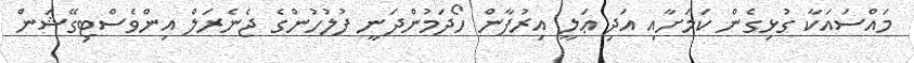
މައްސައަކާ ގުޅިގެން ކަމަށާއި އަދި ޢަލީ އިރުފާން ހޯދަމުންދަނީ ފުލުހުންގެ ޖެނެރަލް އިންވެސްޓިގޭޝަން